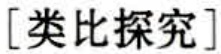
[类比探究]